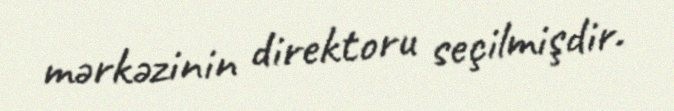
mərkəzinin direktoru seçilmişdir.